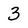
Character: 3